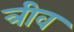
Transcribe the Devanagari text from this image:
त्रीव